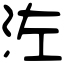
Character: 𣳇